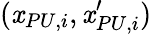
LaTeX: (\mathit{x}_{PU,i},\mathit{x}_{PU,i}^{\prime})